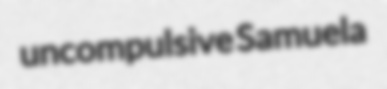
uncompulsive Samuela